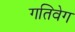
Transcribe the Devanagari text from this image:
गतिवेग